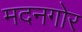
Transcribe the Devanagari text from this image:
मदनगोर